Annual administration report of the Civil Veterinary Department of India - 1903-1904
Year: 1903
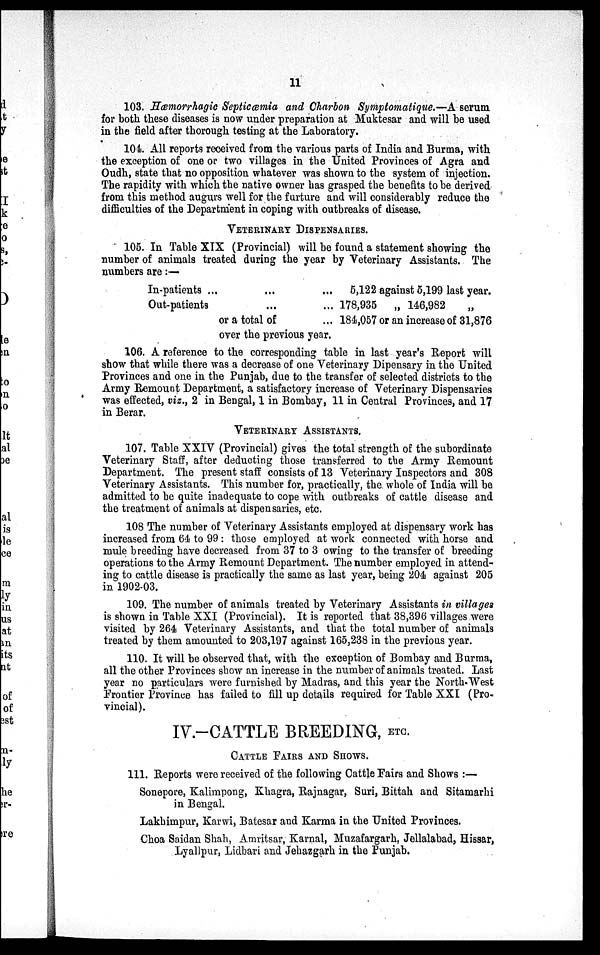
11
103. Hæmorrhagic Septicæmia and Charbon Symptomatique.—A serum
for both these diseases is now under preparation at Muktesar and will be used
in the field after thorough testing at the Laboratory.
104. All reports received from the various parts of India and Burma, with
the exception of one or two villages in the United Provinces of Agra and
Oudh, state that no opposition whatever was shown to the system of injection.
The rapidity with which the native owner has grasped the benefits to be derived
from this method augurs well for the furture and will considerably reduce the
difficulties of the Department in coping with outbreaks of disease.
VETERINARY DISPENSARIES.
105. In Table XIX (Provincial) will be found a statement showing the
number of animals treated during the year by Veterinary Assistants. The
numbers are:—
In-patients ... ... ...
Out-patients ... ...
or a total of ...
over the previous year.
6,122 against 5,199 last year.
178,935 „ 146,982
184,057 or an increase of 31,876
106. A reference to the corresponding table in last year's Report will
show that while there was a decrease of one Veterinary Dipensary in the United
Provinces and one in the Punjab, due to the transfer of selected districts to the
Army Remount Department, a satisfactory increase of Veterinary Dispensaries
was effected, viz., 2 in Bengal, 1 in Bombay, 11 in Central Provinces, and 17
in Berar.
VETERINARY ASSISTANTS.
107. Table XXIV (Provincial) gives the total strength of the subordinate
Veterinary Staff, after deducting those transferred to the Army Remount
Department. The present staff consists of 13 Veterinary Inspectors and 308
Veterinary Assistants. This number for, practically, the. whole of India will be
admitted to be quite inadequate to cope with outbreaks of cattle disease and
the treatment of animals at dispensaries, etc.
108 The number of Veterinary Assistants employed at dispensary work has
increased from 64 to 99: those employed at work connected with horse and
mule breeding have decreased from 37 to 3 owing to the transfer of breeding
operations to the Army Remount Department. The number employed in attend-
ing to cattle disease is practically the same as last year, being 204 against 205
in 1902-03.
109. The number of animals treated by Veterinary Assistants in villages
is shown in Table XXI (Provincial). It is reported that 38,396 villages were
visited by 264 Veterinary Assistants, and that the total number of animals
treated by them amounted to 203,197 against 165,238 in the previous year.
110. It will be observed that, with the exception of Bombay and Burma,
all the other Provinces show an increase in the number of animals treated. Last
year no particulars were furnished by Madras, and this year the North-West
Frontier Province has failed to fill up details required for Table XXI (Pro-
vincial).
IV.-CATTLE BREEDING, ETC.
CATTLE FAIRS AND SHOWS.
111. Reports were received of the following Cattle Fairs and Shows:—
Sonepore, Kalimpong, Khagra, Rajnagar, Suri, Bittah and Sitamarhi
in Bengal.
Lakhimpur, Karwi, Batesar and Karma in the United Provinces.
Choa Saidan Shah, Amritsar, Karnal, Muzafargarh, Jellalabad, Hissar,
Lyallpur, Lidbari and Jehazgarh in the Punjab.